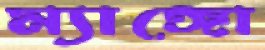
ম্যাঙ্গো